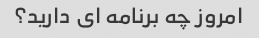
امروز چه برنامه ای دارید؟